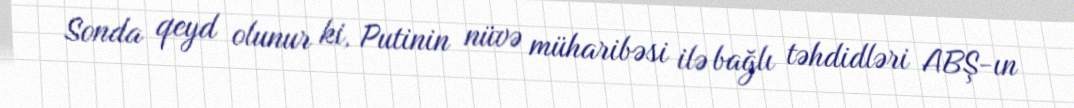
Sonda qeyd olunur ki, Putinin nüvə müharibəsi ilə bağlı təhdidləri ABŞ-ın